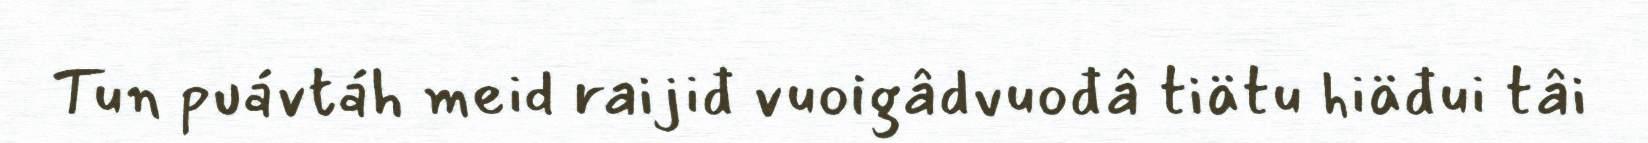
Tun puávtáh meid raijiđ vuoigâdvuođâ tiätu hiäđui tâi